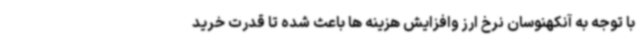
با توجه به آنکهنوسان نرخ ارز وافزایش هزینه ها باعث شده تا قدرت خرید